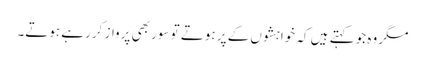
مگر وہ جو کہتے ہیں کہ خواہشوں کے پر ہوتے تو سور بھی پرواز کر رہے ہوتے۔